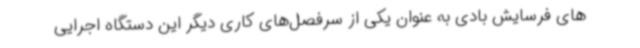
های فرسایش بادی به عنوان یکی از سرفصل‌های کاری دیگر این دستگاه اجرایی